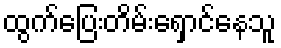
ထွက်ပြေးတိမ်းရှောင်နေသူ